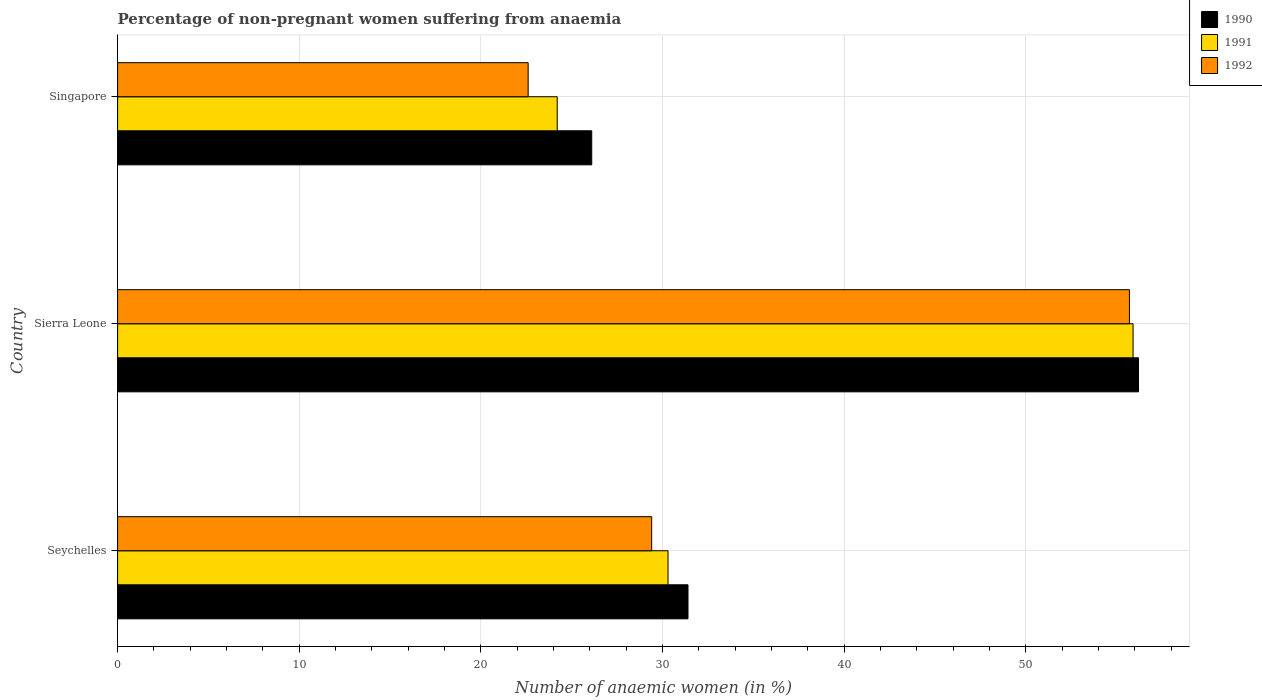
| Country | 1990 | 1991 | 1992 |
 | --- | --- | --- | --- |
 | Seychelles | 31.4 | 30.3 | 29.4 |
 | Sierra Leone | 56.2 | 55.9 | 55.7 |
 | Singapore | 26.1 | 24.2 | 22.6 |